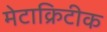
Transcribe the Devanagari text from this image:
मेटाक्रिटीक